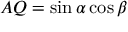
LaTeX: A Q = \sin \alpha \cos \beta